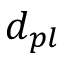
d _ { p l }